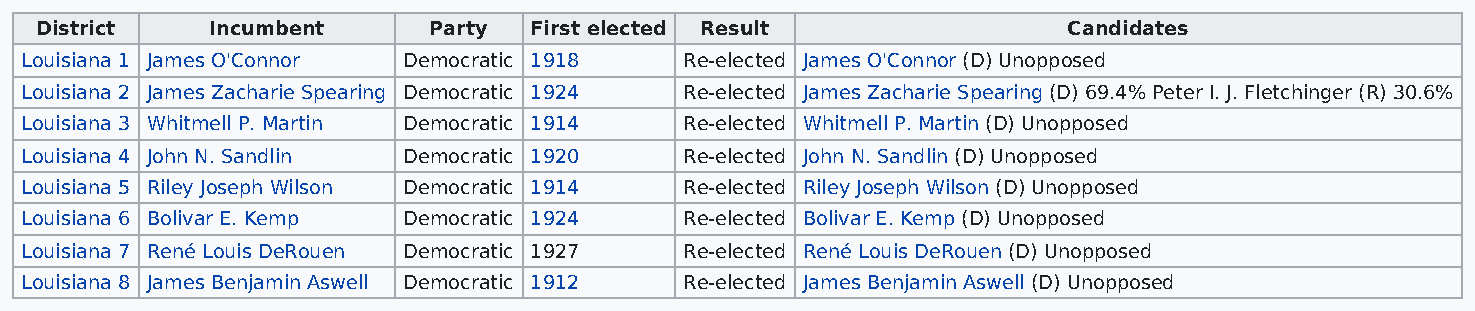
District    Incumbent     Party  First elected Result                Candidates
 Louisiana 1 James O'Connor Democratic 1918  Re-elected James O'Connor (D) Unopposed
 Louisiana 2 James Zacharie Spearing Democratic 1924 Re-elected James Zacharie Spearing (D) 69.4% Peter I. J. Fletchinger (R) 30.6%
 Louisiana 3 Whitmell P. Martin Democratic 1914 Re-elected Whitmell P. Martin (D) Unopposed
 Louisiana 4 John N. Sandlin Democratic 1920 Re-elected John N. Sandlin (D) Unopposed
 Louisiana 5 Riley Joseph Wilson Democratic 1914 Re-elected Riley Joseph Wilson (D) Unopposed
 Louisiana 6 Bolivar E. Kemp Democratic 1924 Re-elected Bolivar E. Kemp (D) Unopposed
 Louisiana 7 René Louis DeRouen Democratic 1927 Re-elected René Louis DeRouen (D) Unopposed
 Louisiana 8 James Benjamin Aswell Democratic 1912 Re-elected James Benjamin Aswell (D) Unopposed